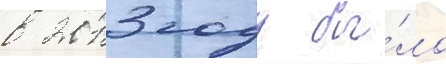
в 2013 году бы́ло